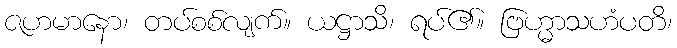
ဇဟမာနော၊ တပ်စစ်လျက်။ ယဋ္ဌာသိ၊ ရပ်၏။ ဗြဟ္မာသဟံပတိ၊